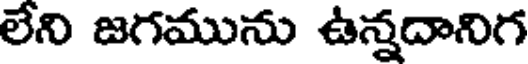
లేని జగమును ఉన్నదానిగ